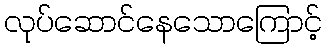
လုပ်ဆောင်နေသောကြောင့်